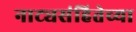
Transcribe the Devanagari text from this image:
नाट्यसंहितेच्या